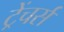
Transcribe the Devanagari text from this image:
ट्रेंचर्स